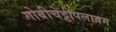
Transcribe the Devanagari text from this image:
गोबीचेट्टीपलायम